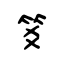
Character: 笅